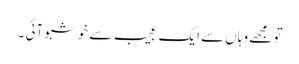
تو مجھے وہاں سے ایک عجیب سے خوشبو آئی ۔